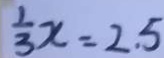
\frac { 1 } { 3 } x = 2 . 5